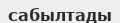
сабылтады